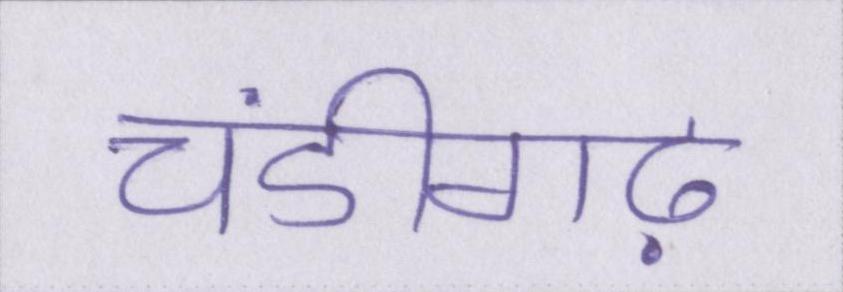
चंडीगढ़